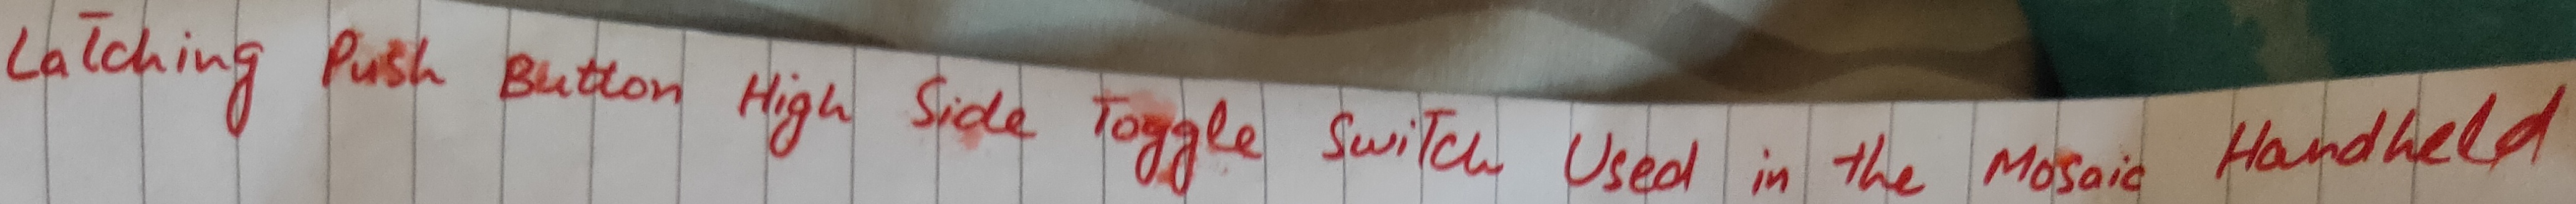
Text: Latching Push Button High Side Toggle Switch Used in the Mosaic Handheld